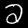
Label: 2